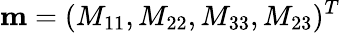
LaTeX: \mathbf{m}=(M_{11},M_{22},M_{33},M_{23})^{T}